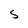
Character: S